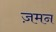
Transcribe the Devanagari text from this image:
ज़मन